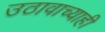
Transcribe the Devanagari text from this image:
उठावाच्याही